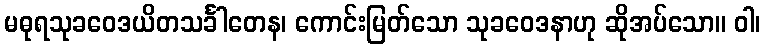
မဓုရသုခဝေဒယိတသင်္ခါတေန၊ ကောင်းမြတ်သော သုခဝေဒနာဟု ဆိုအပ်သော။ ဝါ၊